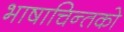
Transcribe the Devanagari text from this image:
भाषाचिन्तको